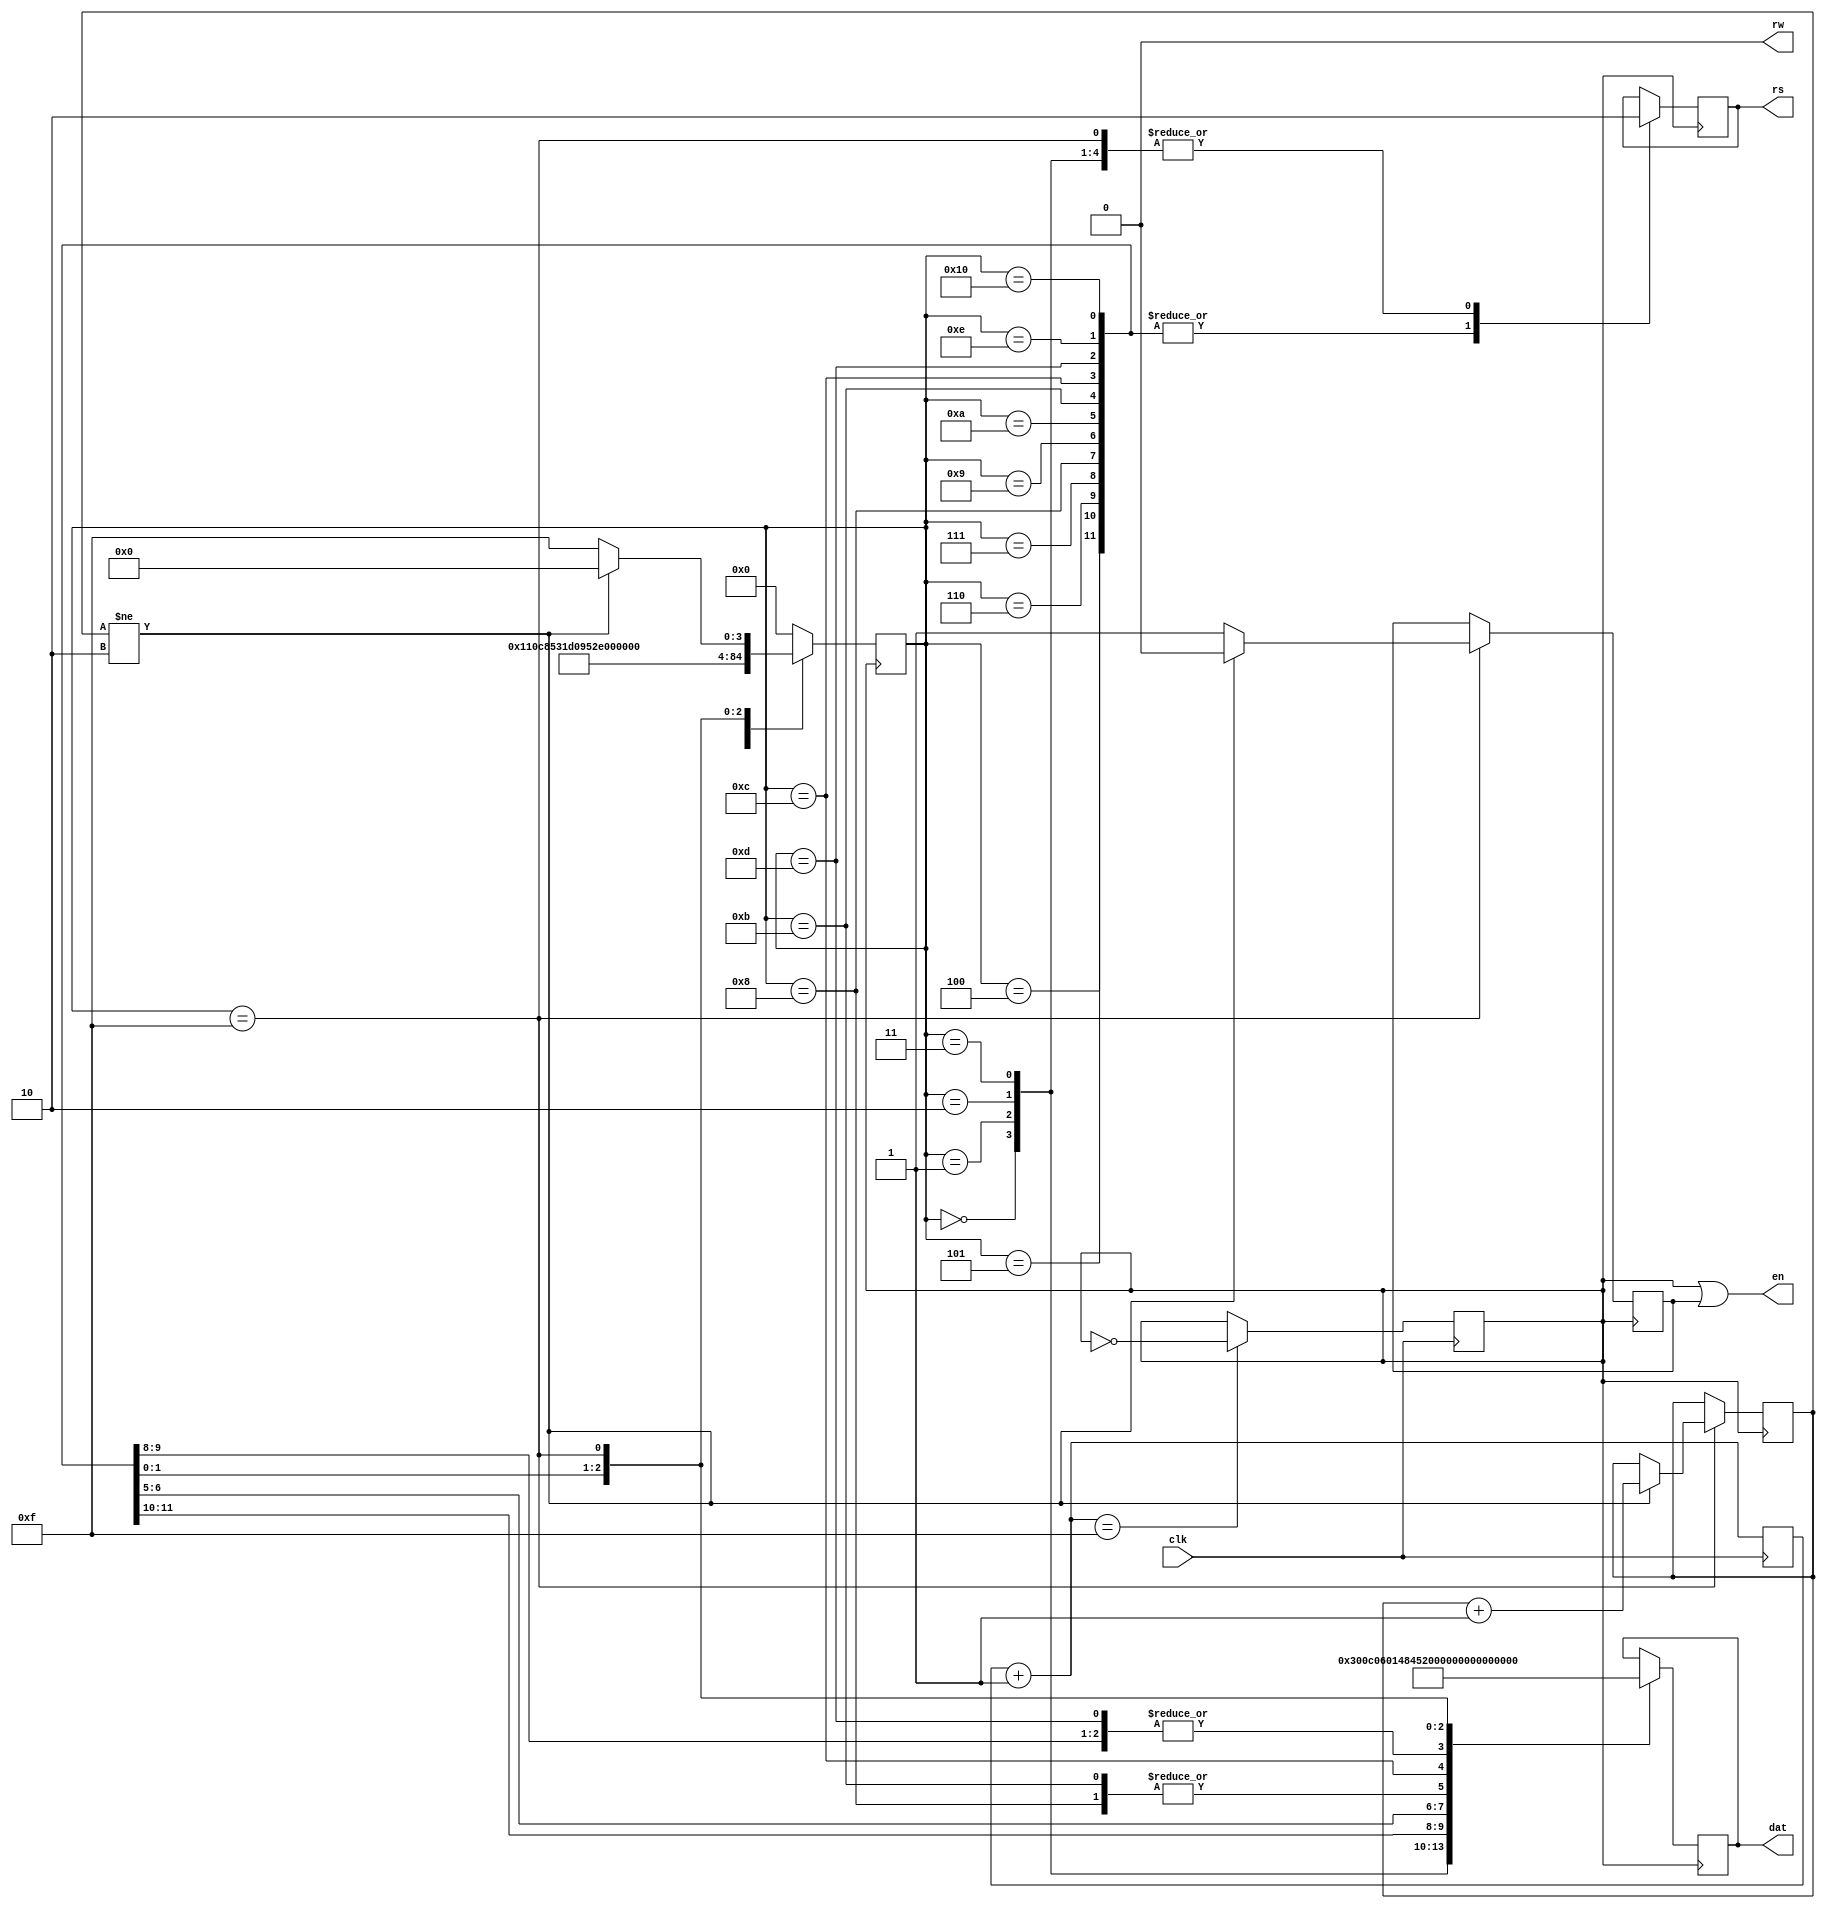
/*******************************************************************
**FPGA
**www.OurFPGA.com
**OurFPGA.taobao.com
**: OurFPGA@gmail.com
**FPGA
*************************************************************
**   2011.06.01
**     version 1.0
**   LCD1602
HELLO WORLD!
16021286420120.PCB
1602111602PCB

RW()


********************************************************************/

module lcd(clk, rs, rw, en,dat);  
input clk;  
 output [7:0] dat; 
 output  rs,rw,en; 
 //tri en; 
 reg e; 
 reg [7:0] dat; 
 reg rs;   
 reg  [15:0] counter; 
 reg [4:0] current,next; 
 reg clkr; 
 reg [1:0] cnt; 
 parameter  set0=4'h0; 
 parameter  set1=4'h1; 
 parameter  set2=4'h2; 
 parameter  set3=4'h3; 
 parameter  dat0=4'h4; 
 parameter  dat1=4'h5; 
 parameter  dat2=4'h6; 
 parameter  dat3=4'h7; 
 parameter  dat4=4'h8; 
 parameter  dat5=4'h9; 

 parameter  dat6=4'hA; 
 parameter  dat7=4'hB; 
 parameter  dat8=4'hC; 
 parameter  dat9=4'hD; 
 parameter  dat10=4'hE; 
 parameter  dat11=5'h10; 
 parameter  nul=4'hF; 
always @(posedge clk)      
 begin 
  counter=counter+1; 
  if(counter==16'h000f)  
  clkr=~clkr; 
end 
always @(posedge clkr) 
begin 
 current=next; 
  case(current) 
    set0:   begin  rs<=0; dat<=8'h30; next<=set1; end 
    set1:   begin  rs<=0; dat<=8'h0c; next<=set2; end 
    set2:   begin  rs<=0; dat<=8'h6; next<=set3; end 
    set3:   begin  rs<=0; dat<=8'h1; next<=dat0; end 
    dat0:   begin  rs<=1; dat<="H"; next<=dat1; end 
    dat1:   begin  rs<=1; dat<="E"; next<=dat2; end 
    dat2:   begin  rs<=1; dat<="L"; next<=dat3; end 
    dat3:   begin  rs<=1; dat<="L"; next<=dat4; end 
    dat4:   begin  rs<=1; dat<="O"; next<=dat5; end 
    dat5:   begin  rs<=1; dat<=" "; next<=dat6; end 

    dat6:   begin  rs<=1; dat<="W"; next<=dat7; end 
    dat7:   begin  rs<=1; dat<="O"; next<=dat8; end 
    dat8:   begin  rs<=1; dat<="R"; next<=dat9; end 
    dat9:   begin  rs<=1; dat<="L"; next<=dat10; end 
    dat10:   begin  rs<=1; dat<="D"; next<=dat11; end 
    dat11:   begin  rs<=1; dat<="!"; next<=nul; end 
     nul:   begin rs<=0;  dat<=8'h00;                    //  E   
              if(cnt!=2'h2)  
                  begin  
                       e<=0;next<=set0;cnt<=cnt+1;  
                  end  
                   else  
                     begin next<=nul; e<=1; 
                    end    
              end 
   default:   next=set0; 
    endcase 
 end 
assign en=clkr|e; 
assign rw=0; 
endmodule